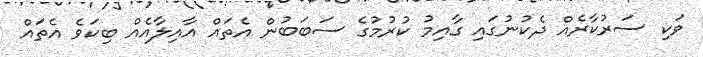
ވަކި ސަރުކާރެއް ދެކުނުގައި ގާއިމު ކުރުމުގެ ސަބަބުން އެތައް އާއިލާއެއް ބިކަވެ އެތައް